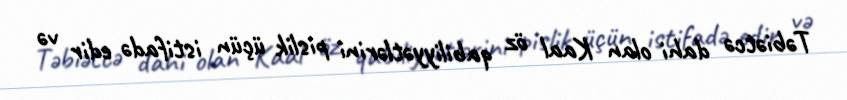
Təbiətcə dahi olan Kaal öz qabiliyyətlərini pislik üçün istifadə edir və